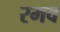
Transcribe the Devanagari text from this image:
रमव